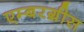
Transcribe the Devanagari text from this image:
एम्बरग्रीस